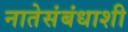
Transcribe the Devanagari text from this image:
नातेसंबंधाशी